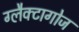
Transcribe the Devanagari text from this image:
ग्लैक्टागोज